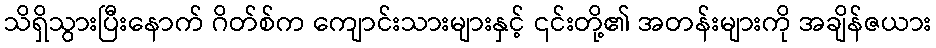
သိရှိသွားပြီးနောက် ဂိတ်စ်က ကျောင်းသားများနှင့် ၎င်းတို့၏ အတန်းများကို အချိန်ဇယား